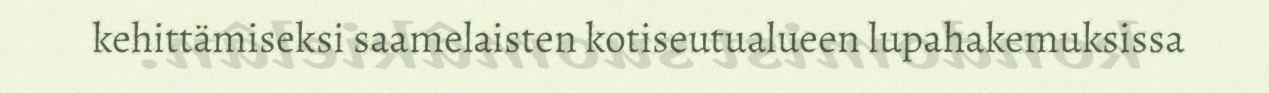
kehittämiseksi saamelaisten kotiseutualueen lupahakemuksissa